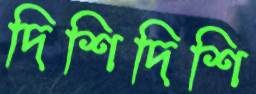
দিশিদিশি